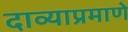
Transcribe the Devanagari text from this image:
दाव्याप्रमाणे